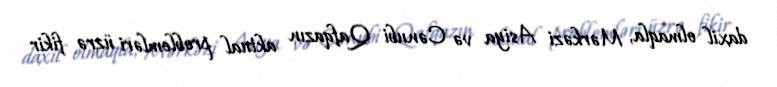
daxil olmaqla, Mərkəzi Asiya və Cənubi Qafqazın aktual problemləri üzrə fikir